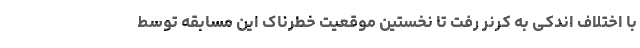
با اختلاف اندکی به کرنر رفت تا نخستین موقعیت خطرناک این مسابقه توسط